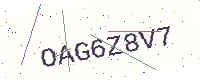
Text: OAG6Z8V7